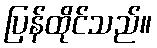
ပြန်ထိုင်သည်။